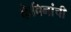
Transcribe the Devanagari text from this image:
केबिनांची